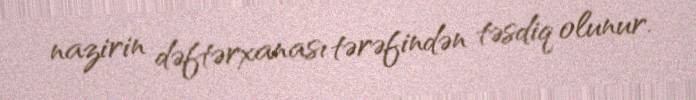
nazirin dəftərxanası tərəfindən təsdiq olunur.